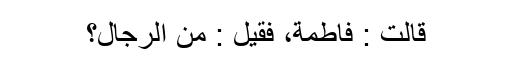
قَالَتْ : فَاطِمَةُ، فَقِيْلَ : مِنَ الرِّجَالِ؟